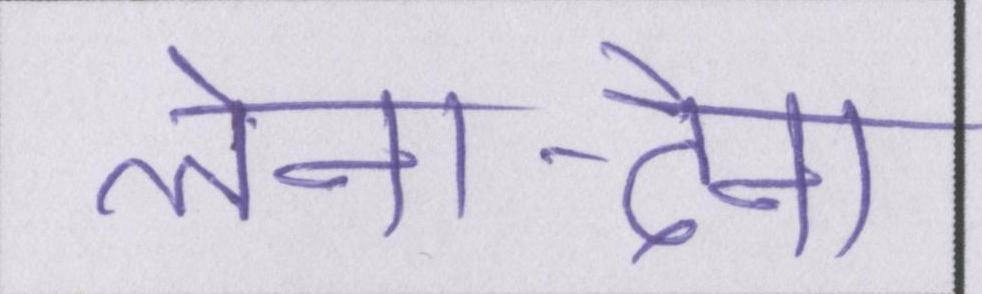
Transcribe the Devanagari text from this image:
लेना-देना